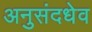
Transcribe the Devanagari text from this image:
अनुसंदधेव